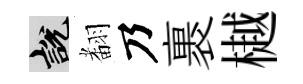
説𮋒乃裹樾